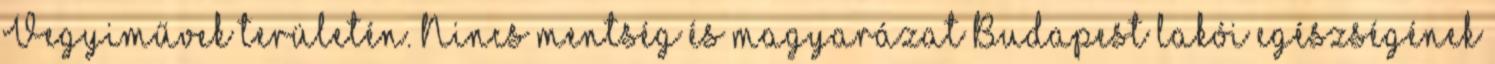
Vegyiművek területén. Nincs mentség és magyarázat Budapest lakói egészségének